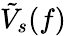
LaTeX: \tilde{V}_{s}(f)